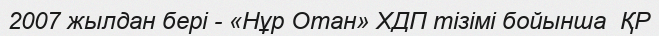
2007 жылдан бері - «Нұр Отан» ХДП тізімі бойынша  ҚР